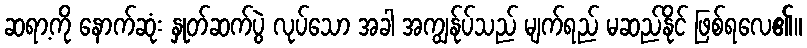
ဆရာ့ကို နောက်ဆုံး နှုတ်ဆက်ပွဲ လုပ်သော အခါ အကျွန်ုပ်သည် မျက်ရည် မဆည်နိုင် ဖြစ်ရလေ၏။